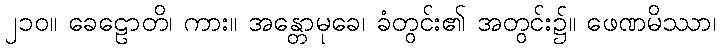
၂၁၀။ ခေဠောတိ၊ ကား။ အန္တောမုခေ၊ ခံတွင်း၏ အတွင်း၌။ ဖေဏမိဿာ၊